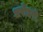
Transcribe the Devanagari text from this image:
धरोहरो